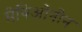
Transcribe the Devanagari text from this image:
मेथिओनीन